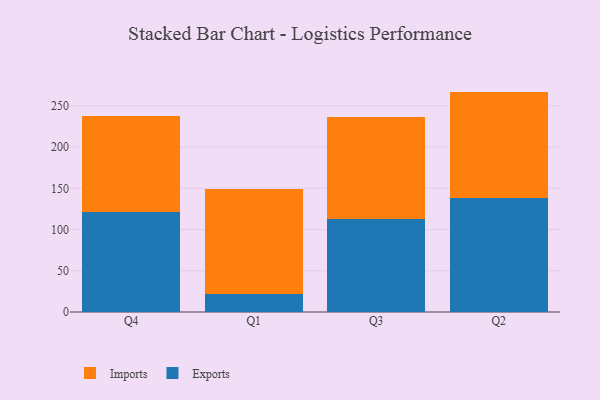
{"axis": {"x": "Quarter", "y": "Population (Million)"}, "legend": ["Exports", "Imports"], "data": [{"x": "Q4", "y": 121.1, "type": "Exports"}, {"x": "Q4", "y": 116.3, "type": "Imports"}, {"x": "Q1", "y": 21.3, "type": "Exports"}, {"x": "Q1", "y": 127.5, "type": "Imports"}, {"x": "Q3", "y": 112.9, "type": "Exports"}, {"x": "Q3", "y": 124.0, "type": "Imports"}, {"x": "Q2", "y": 138.3, "type": "Exports"}, {"x": "Q2", "y": 129.0, "type": "Imports"}]}